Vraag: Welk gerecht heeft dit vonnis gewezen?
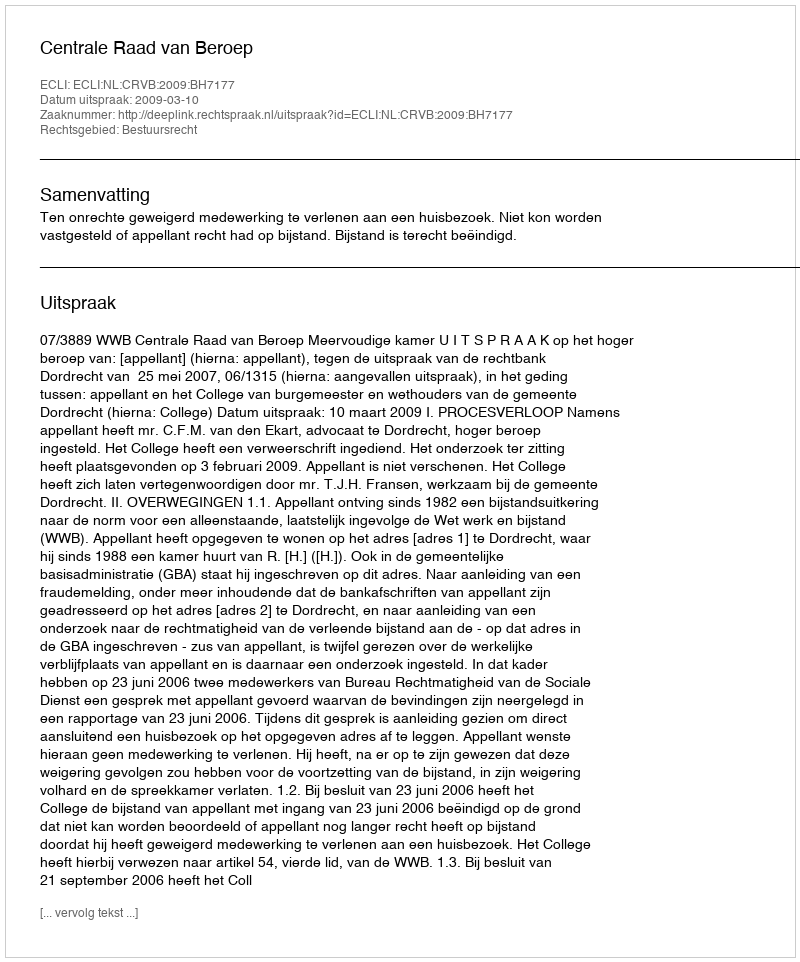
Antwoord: Centrale Raad van Beroep